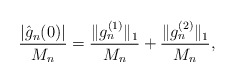
\begin{align*} \frac{|\hat g_n (0)| }{M_n} = \frac{\|g^{(1)}_n\|_1 }{M_n} + \frac{\|g^{(2)}_n\|_1 }{M_n} , \end{align*}